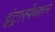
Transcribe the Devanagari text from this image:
इंट्रास्पेक्शन